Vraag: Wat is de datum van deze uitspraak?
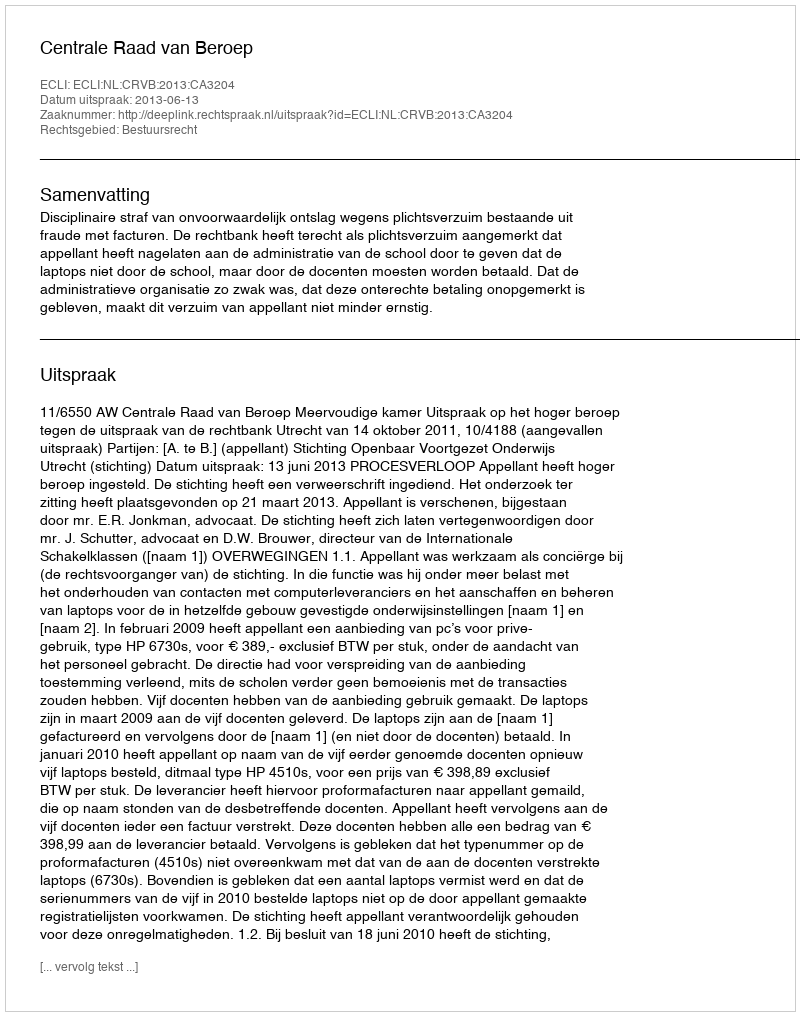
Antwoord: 2013-06-13